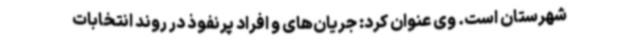
شهرستان است. وی عنوان کرد: جریان‌های و افراد پرنفوذ در روند انتخابات